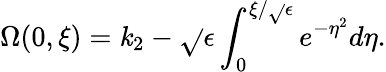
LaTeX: \Omega(0,\xi)=\mathit{k}_{2}-\sqrt{}{{\epsilon}}\int_{0}^{\xi/\sqrt{}{{\epsilon}}}e^{-\eta^{2}}d\eta.